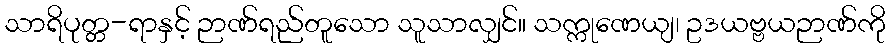
သာရိပုတ္တ-ရာနှင့် ဉာဏ်ရည်တူသော သူသာလျှင်။ သက္ကုဏေယျ၊ ဥဒယဗ္ဗယဉာဏ်ကို